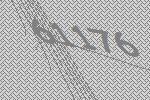
61176